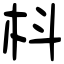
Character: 枓